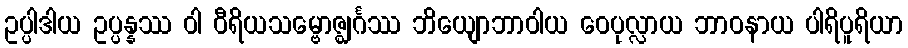
ဥပ္ပါဒါယ ဥပ္ပန္နဿ ဝါ ဝီရိယသမ္ဗောဇ္ဈင်္ဂဿ ဘိယျောဘာဝါယ ဝေပုလ္လာယ ဘာဝနာယ ပါရိပူရိယာ